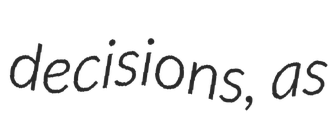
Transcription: decisions, as